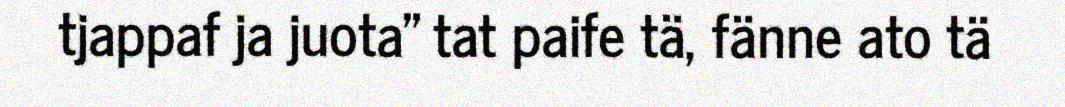
tjappaf ja juota" tat paife tä, fänne ato tä